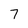
Character: 7